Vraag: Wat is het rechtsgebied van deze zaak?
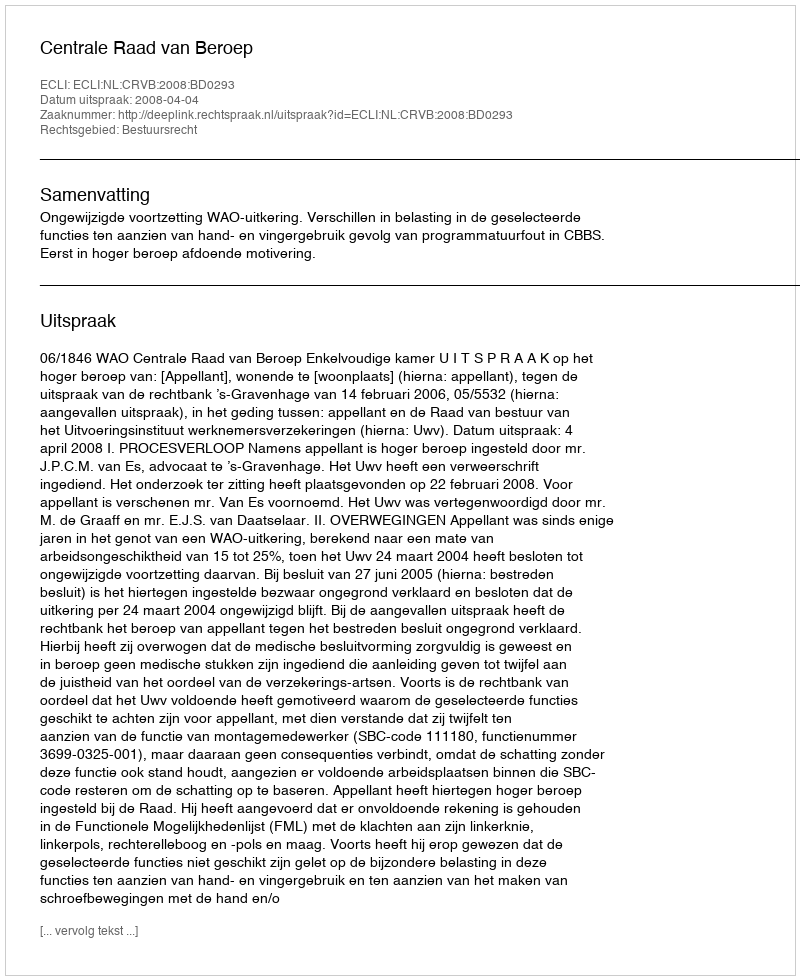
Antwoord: Bestuursrecht